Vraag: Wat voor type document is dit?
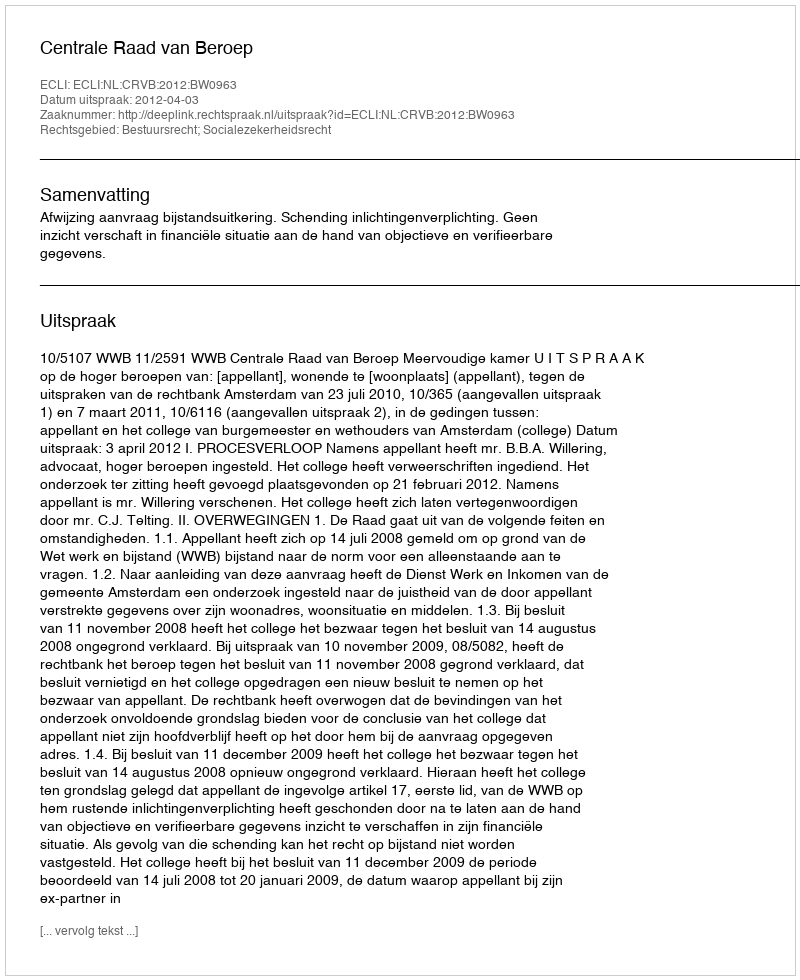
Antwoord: Uitspraak